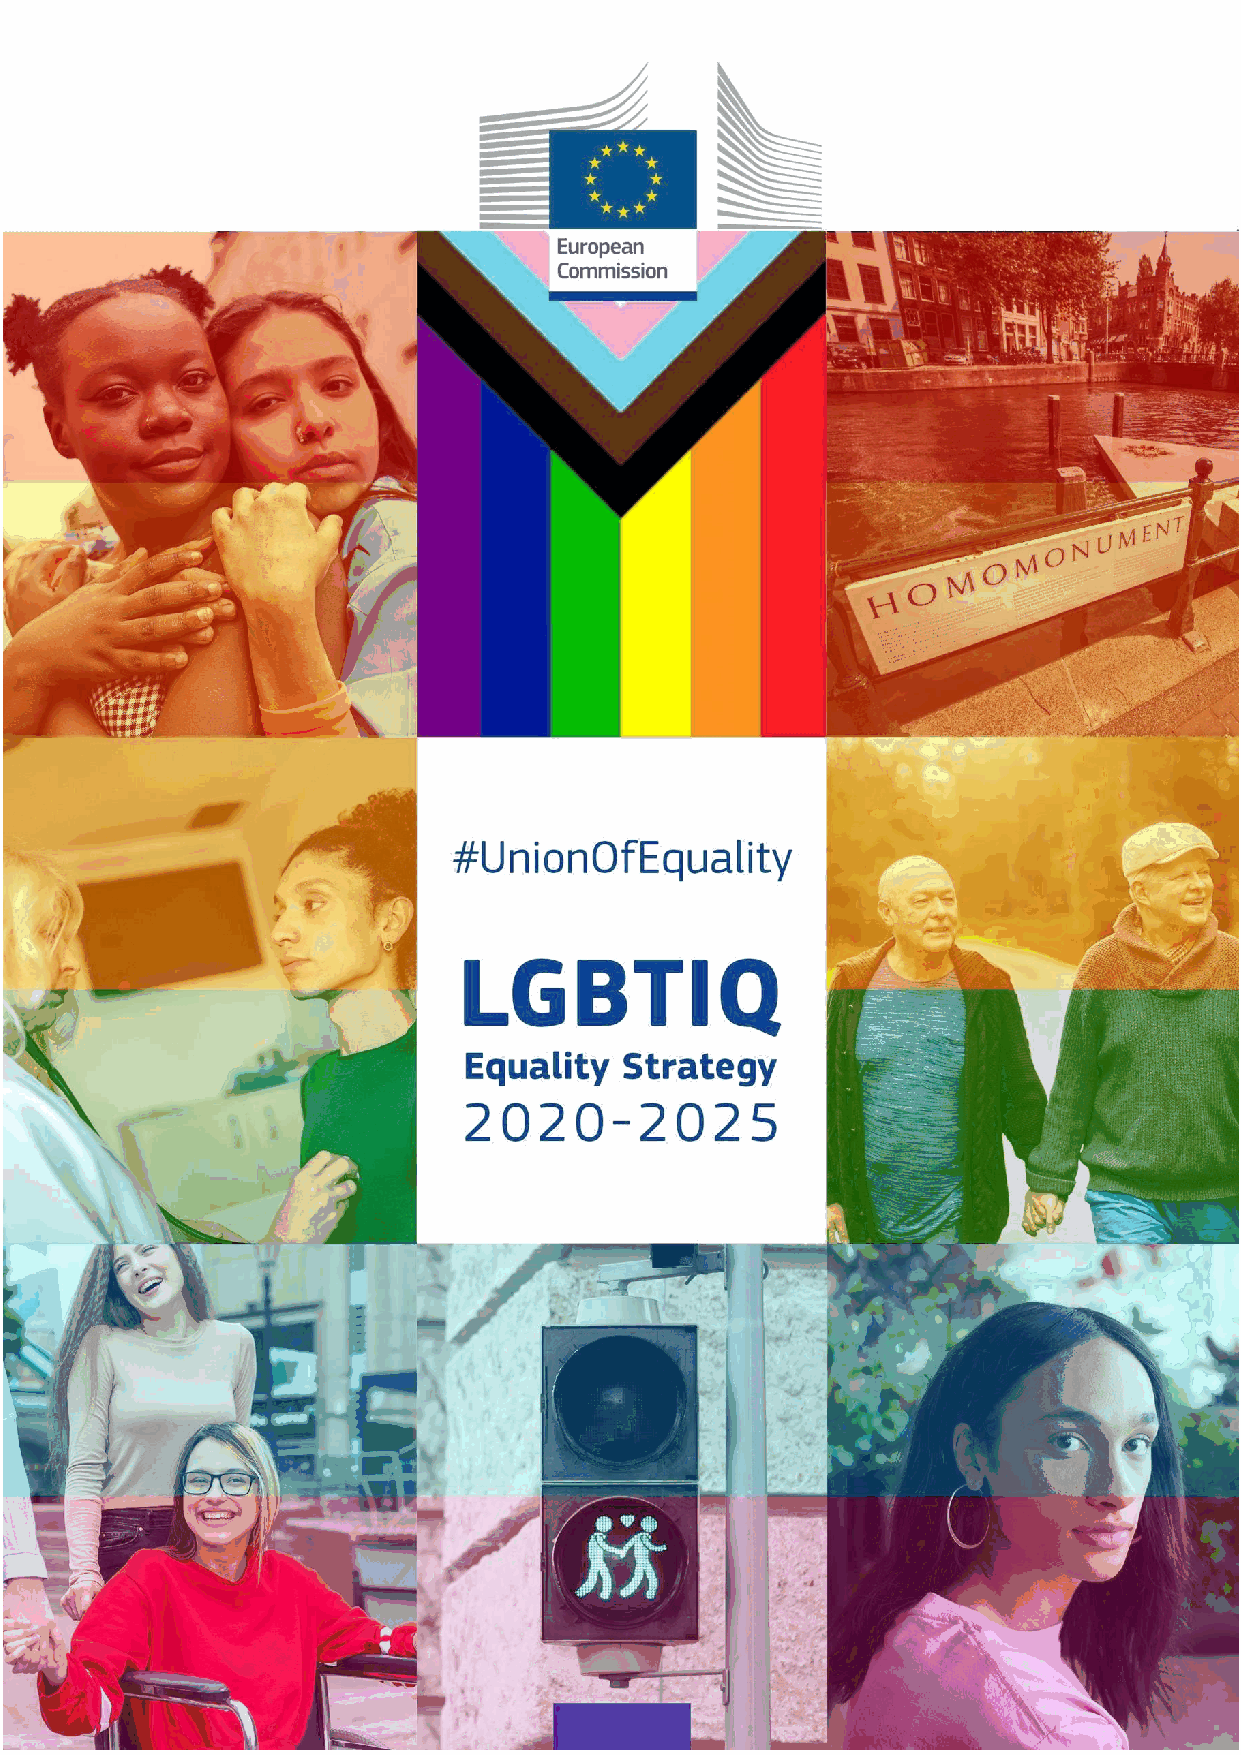
EN                                                                    EN